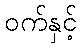
ဝက်နှင့်